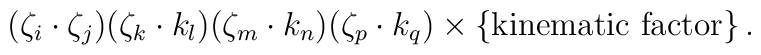
(\zeta_i \cdot \zeta_j)(\zeta_k \cdot k_l)(\zeta_m \cdot k_n) (\zeta_p\cdot k_q) \times \{ \mbox{kinematic factor} \}\,.